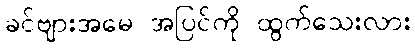
ခင်ဗျားအမေ အပြင်ကို ထွက်သေးလား